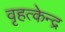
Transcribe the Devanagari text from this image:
वृहत्केन्द्र